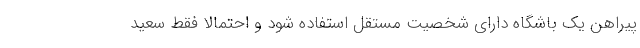
پیراهن یک باشگاه دارای شخصیت مستقل استفاده شود و احتمالا فقط سعید